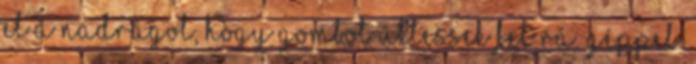
el a nadrágot, hogy gombot üttessek fel rá. Géppel.